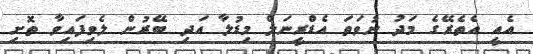
އެއީ އެތެރޭގެ މަދު ނުވަތަ އެޑްރީނަލް މިޑުލާ އަދި ބޭރުން ލެވިފައިވާ ތޮށި